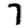
Digit: 7